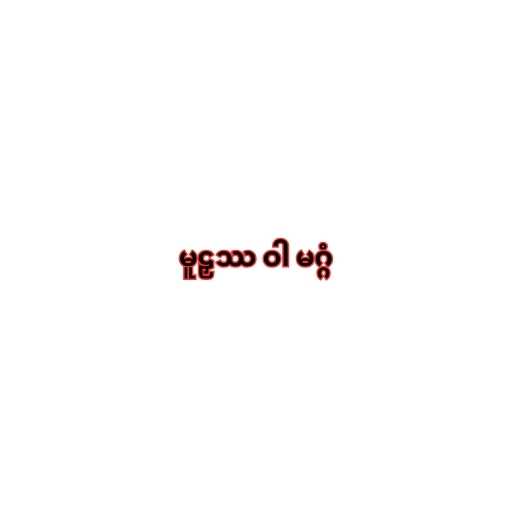
မူဠှဿ ဝါ မဂ္ဂံ